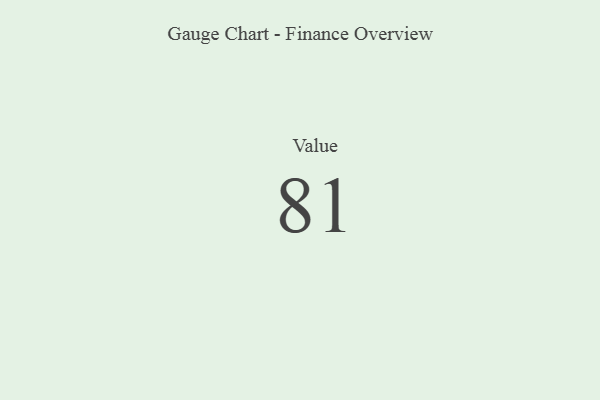
{"axis": {"x": "Metric", "y": "Value"}, "legend": [""], "data": [{"x": "Value", "y": 81, "type": ""}]}